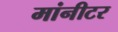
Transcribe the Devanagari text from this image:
मांनीटर